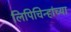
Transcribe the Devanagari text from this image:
लिपिचिन्हांच्या